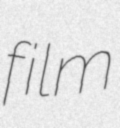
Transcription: film